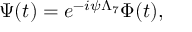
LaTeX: \Psi ( t ) = e ^ { - i \psi \Lambda _ { 7 } } \Phi ( t ) ,